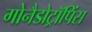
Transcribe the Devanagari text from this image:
गोनैडोट्रॉपिंस